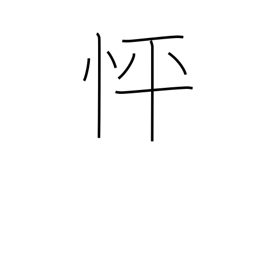
Meaning: in a hurry